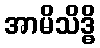
အာမိသိဒ္ဓိ